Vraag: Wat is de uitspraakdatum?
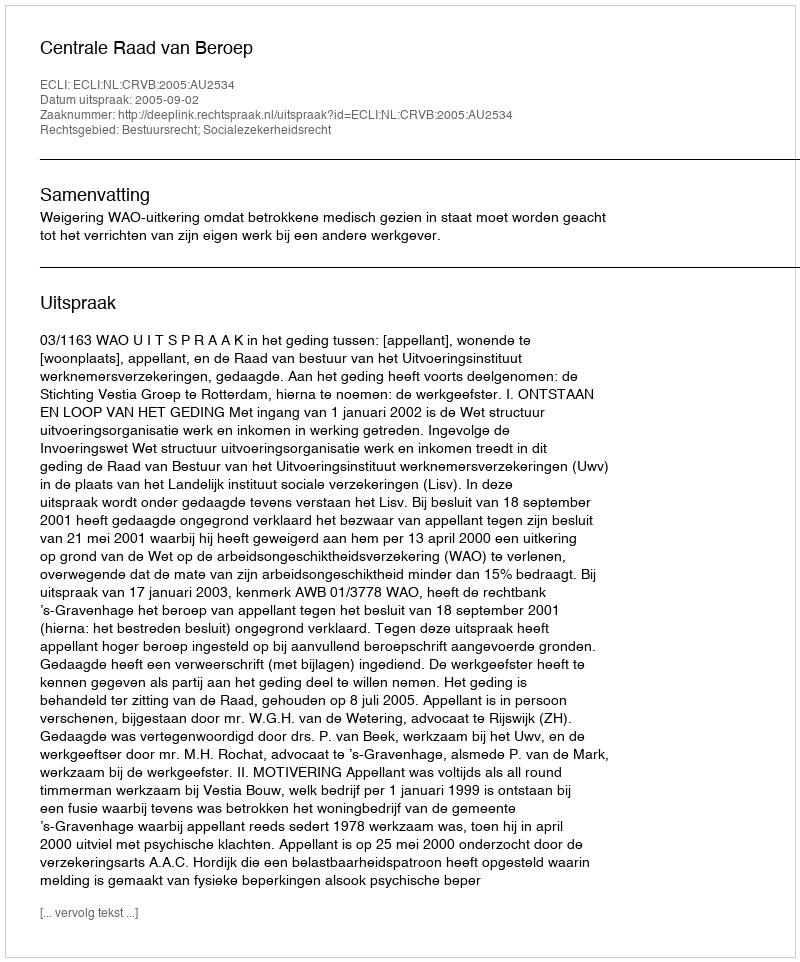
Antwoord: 2005-09-02